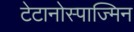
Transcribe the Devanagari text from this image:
टेटानोस्पाज्मिन